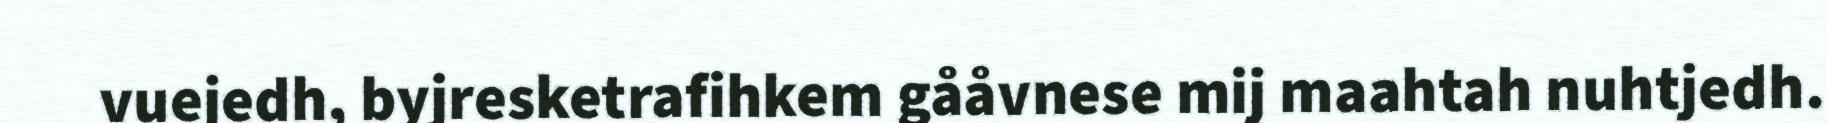
vuejedh, byjresketrafihkem gååvnese mij maahtah nuhtjedh.